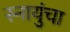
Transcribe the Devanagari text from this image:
स्नायुंचा